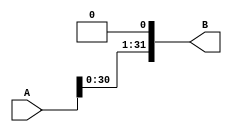
module left_shift(
    input [31:0] A,
    output [31:0] B
    );
    assign B[0]=0;
    genvar i;
    generate for(i=1;i<32;i=i+1) begin
        assign B[i]=A[i-1];
    end
    endgenerate
endmodule